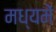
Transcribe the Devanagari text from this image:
मध्यमें